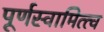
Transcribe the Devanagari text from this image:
पूर्णस्वामित्त्व